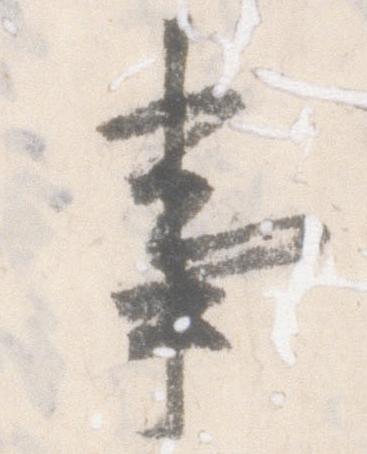
事